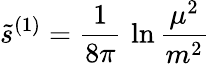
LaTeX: \tilde{s}^{(1)}={\frac{1}{8\pi}}\, \ln{\frac{\mu^{2}}{m^{2}}}